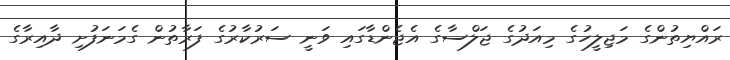
ރައްޔިތުންގެ މަޖިލީހުގެ މިއަދުގެ ޖަލްސާގެ އެޖެންޑާގައި ވަނީ ސަރުކާރުގެ ފަރާތުން ގެމަނަފުށި ދާއިރާގެ